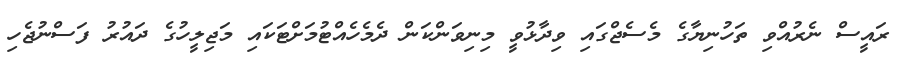
ރައީސް ނެރުއްވި ތަހުނިޔާގެ މެސެޖްގައި ވިދާޅުވީ މިނިވަންކަން ދެމެހެއްޓުމަށްޓަކައި މަޖިލީހުގެ ދައުރު ފަސްނުޖެހި